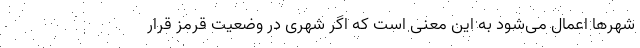
شهرها اعمال می‌شود به این معنی است که اگر شهری در وضعیت قرمز قرار